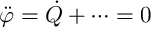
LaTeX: { \ddot { \varphi } } = { \dot { Q } } + \dots = 0